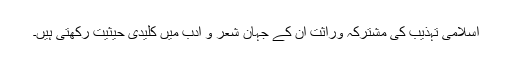
اسلامی تہذیب کی مشترکہ وراثت ان کے جہان شعر و ادب میں کلیدی حیثیت رکھتی ہیں۔